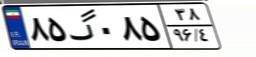
۲۳گ۵۹۵۶۹